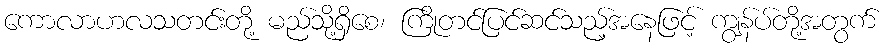
ကောလာဟလသတင်းတို့ မည်သို့ရှိစေ၊ ကြိုတင်ပြင်ဆင်သည့်အနေဖြင့် ကျွန်ပ်တို့အတွက်